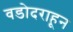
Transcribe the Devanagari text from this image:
वडोदराहून